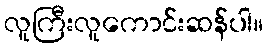
လူကြီးလူကောင်းဆန်ပါ။